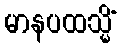
မာနပထသ္မိံ